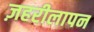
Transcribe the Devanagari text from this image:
ज़हरीलापन